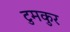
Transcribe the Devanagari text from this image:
टुमकुर